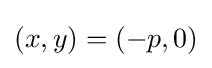
(x,y)=(-p,0)